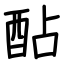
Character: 酟